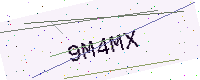
Text: 9M4MX